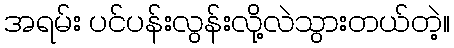
အရမ်း ပင်ပန်းလွန်းလို့လဲသွားတယ်တဲ့။